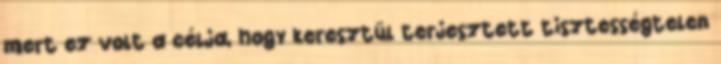
mert ez volt a célja, hogy keresztül terjesztett tisztességtelen